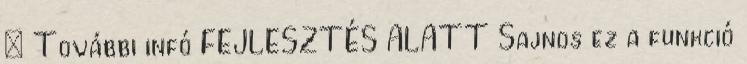
: További infó FEJLESZTÉS ALATT Sajnos ez a funkció